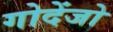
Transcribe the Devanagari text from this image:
गोदेंजो